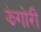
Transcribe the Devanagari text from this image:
झंगोरी